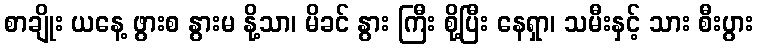
စာချိုး ယနေ့ ဖွားစ နွားမ နို့သာ၊ မိခင် နွား ကြီး စို့ပြီး နေရှာ၊ သမီးနှင့် သား စီးပွား